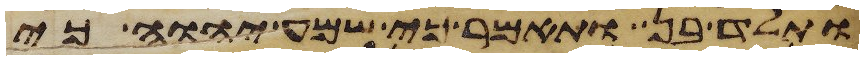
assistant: ותלד בן ותאמר כי שמע יהוה כי